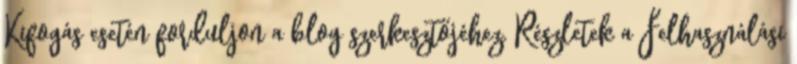
Kifogás esetén forduljon a blog szerkesztőjéhez. Részletek a Felhasználási